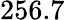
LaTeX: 256.7